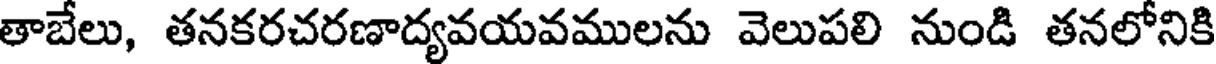
తాబేలు, తనకరచరణాద్యవయవములను వెలుపలి నుండి తనలోనికి